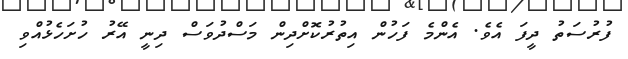
ފުރުސަތު ދީފަ އެވެ. އެންމެ ފަހުން އިތުރުކޮށްދިން މަސްދުވަސް ދިނީ އޭރު ހުށަހެޅުއްވި